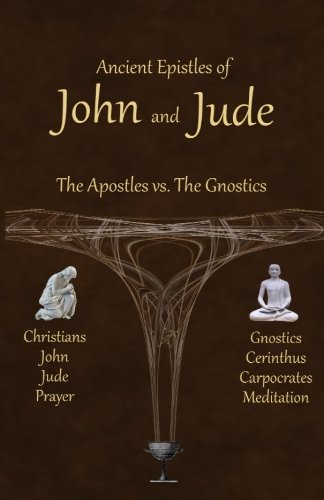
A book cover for Ancient Epistles of John and Jude: The Apostles vs The Gnostics; Ken Johnson; Christian Books & Bibles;